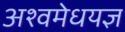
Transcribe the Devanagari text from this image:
अश्वमेधयज्ञ